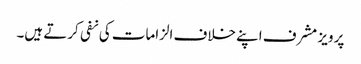
پرویز مشرف اپنے خلاف الزامات کی نفی کرتے ہیں۔